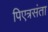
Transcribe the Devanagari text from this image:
पिएत्रसंता